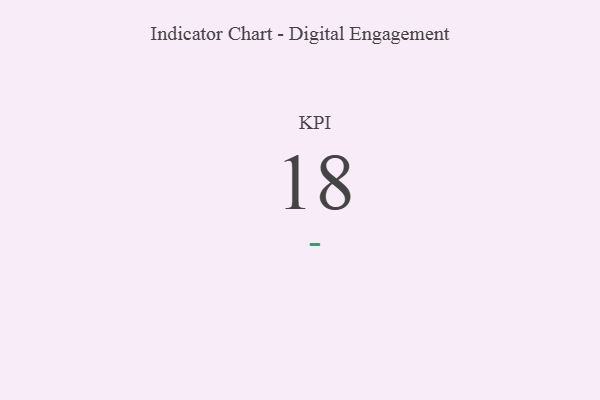
{"axis": {"x": "KPI", "y": "Value"}, "legend": [""], "data": [{"x": "KPI", "y": 18, "type": ""}]}